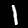
Label: 1